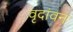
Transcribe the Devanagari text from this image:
वृदांवन